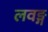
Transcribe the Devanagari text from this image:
लवङ्ग